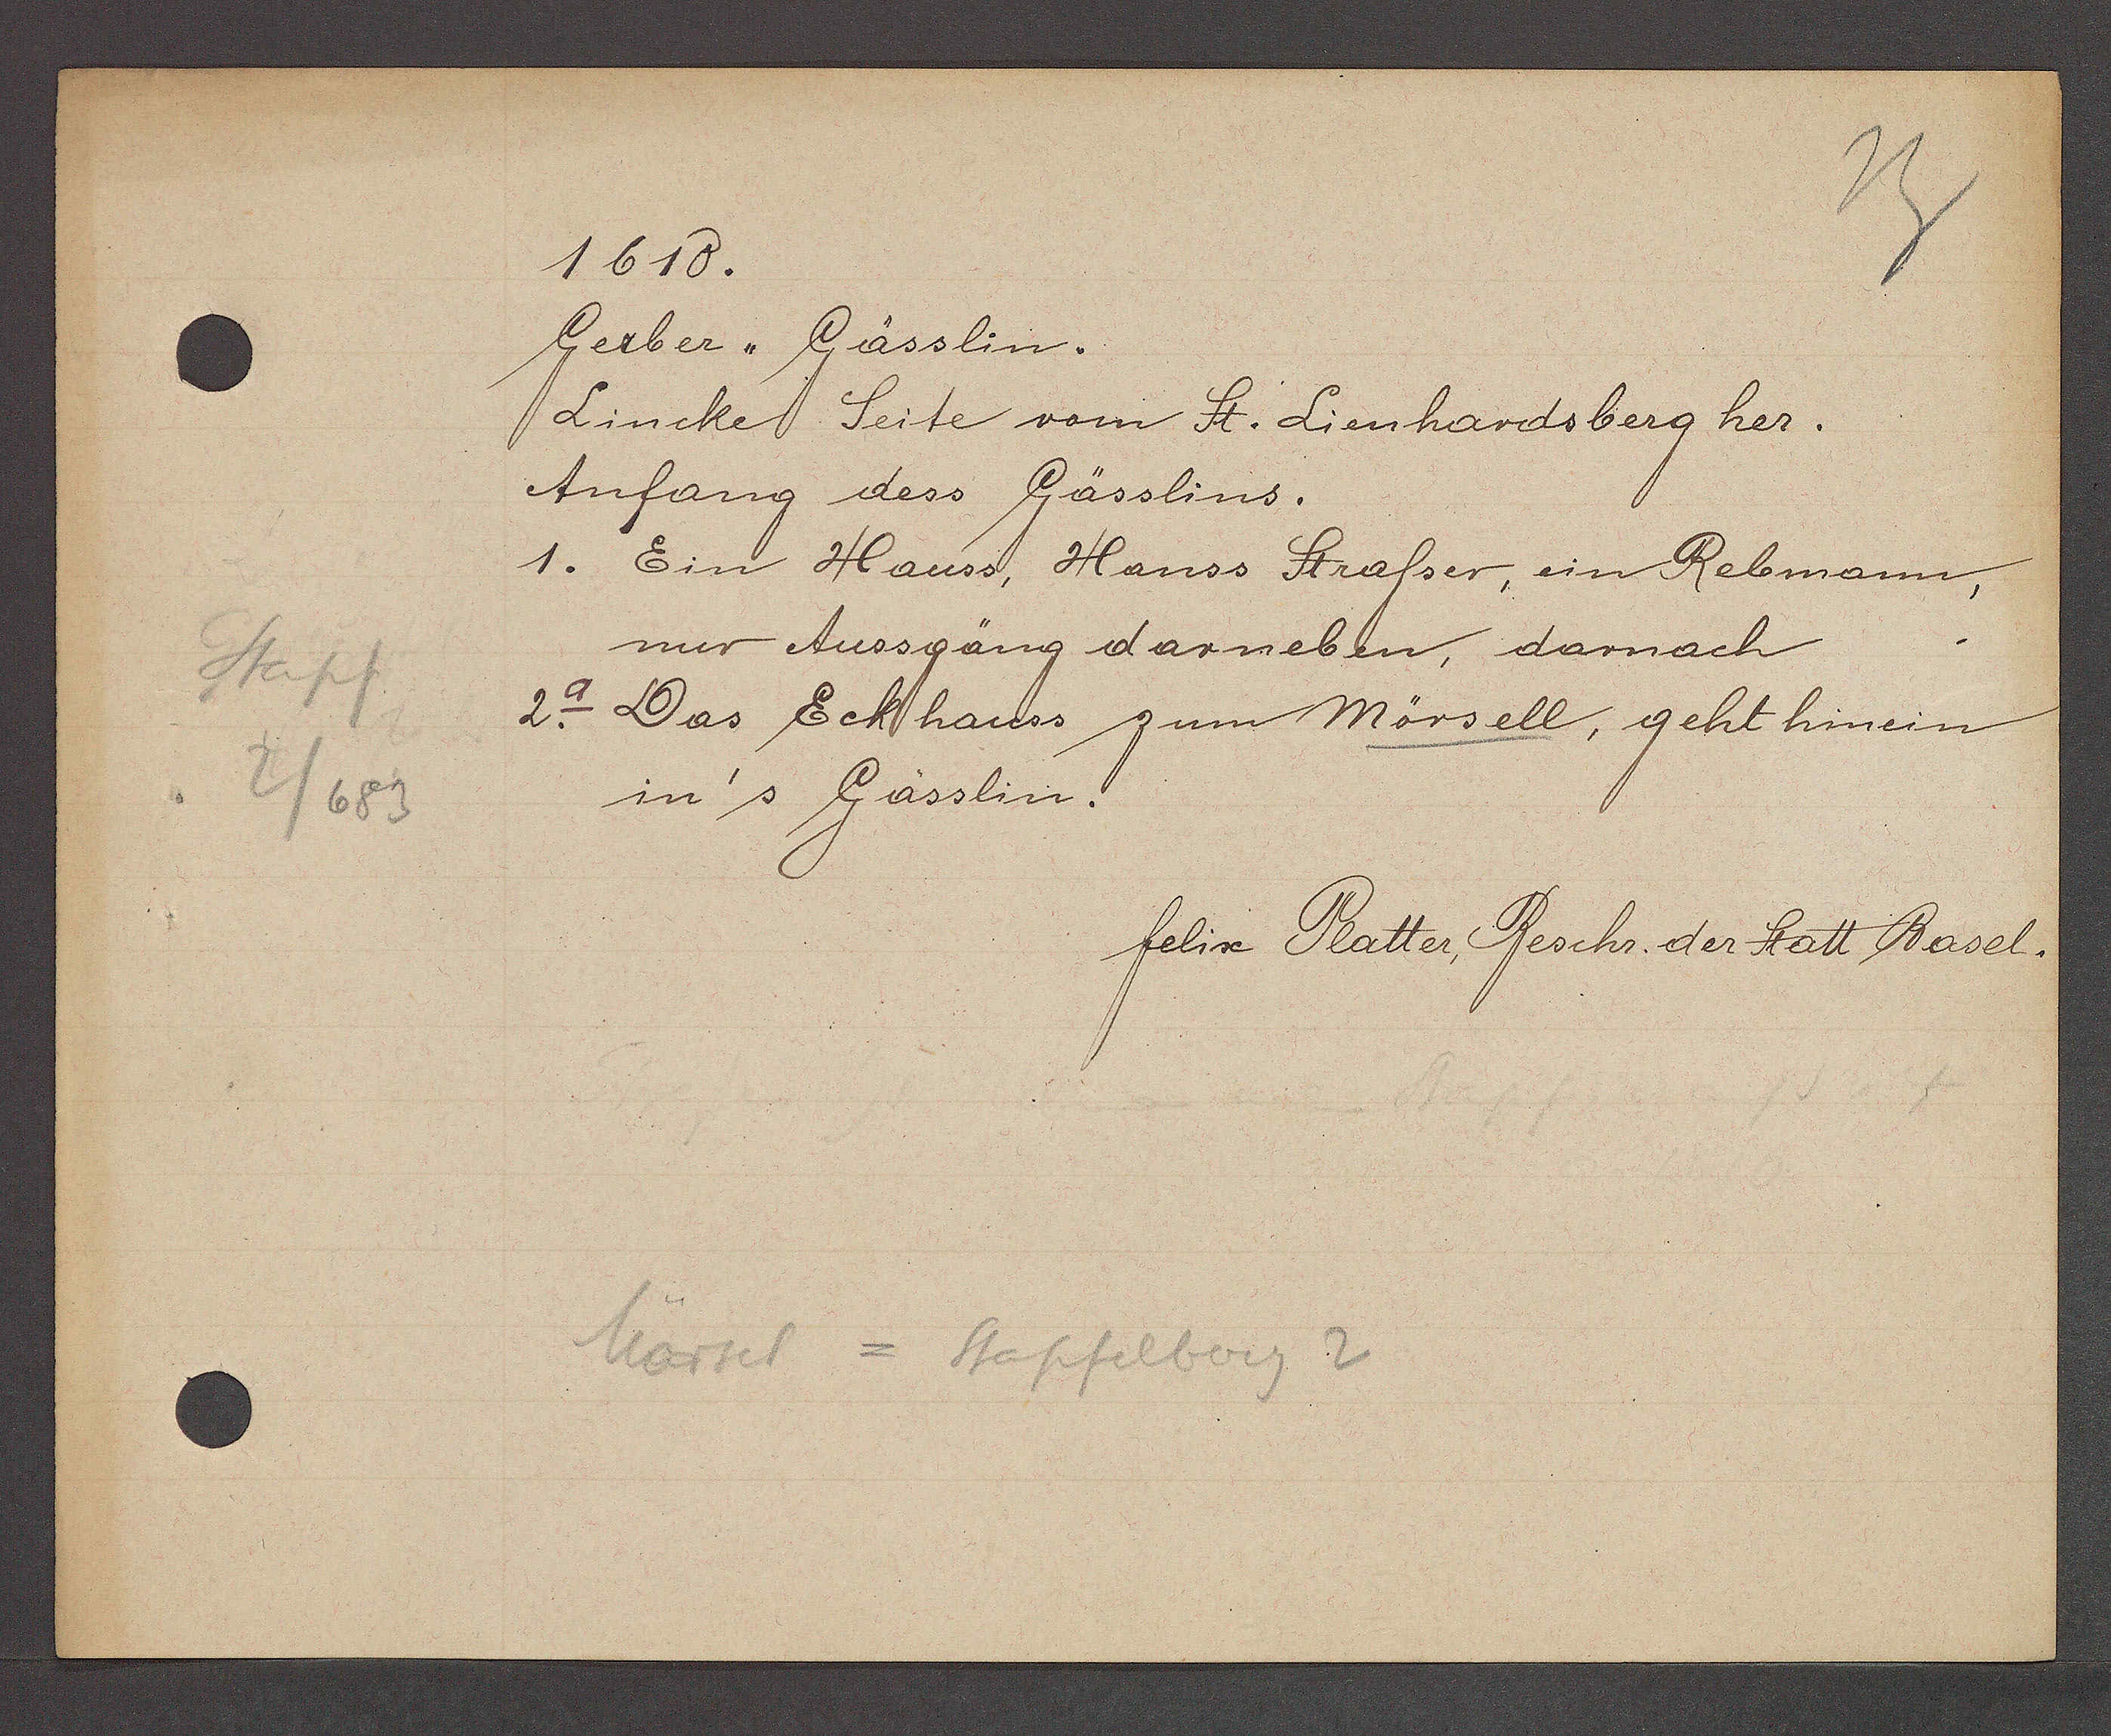
Transcript:
Stapf
2/683

1618.

Gerber, Gässlin.
Lincke Seite vom St. Lienhardsberg her.
Anfang dess Gässlins.
1. Ein Hauss, Hanss Strasser, ein Rebmann,
nur Aussgäng darneben, darnach
2a. Das Eckhauss zum Mörsell, geht hinen
in's Gässlin.

Mörsel = Stapfelberg 2

felix Platter, Beschr. der Statt Basel.